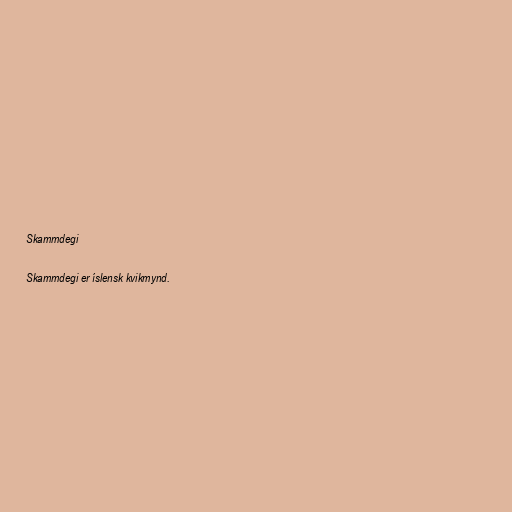
Skammdegi

Skammdegi er íslensk kvikmynd.